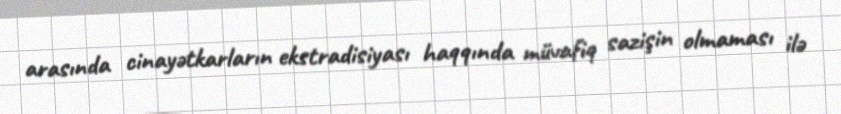
arasında cinayətkarların ekstradisiyası haqqında müvafiq sazişin olmaması ilə